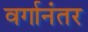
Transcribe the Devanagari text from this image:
वर्गानंतर